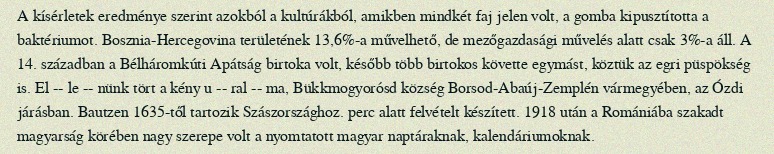
A kísérletek eredménye szerint azokból a kultúrákból, amikben mindkét faj jelen volt, a gomba kipusztította a baktériumot. Bosznia-Hercegovina területének 13,6%-a művelhető, de mezőgazdasági művelés alatt csak 3%-a áll. A 14. században a Bélháromkúti Apátság birtoka volt, később több birtokos követte egymást, köztük az egri püspökség is. El -- le -- nünk tört a kény u -- ral -- ma, Bükkmogyorósd község Borsod-Abaúj-Zemplén vármegyében, az Ózdi járásban. Bautzen 1635-től tartozik Szászországhoz. perc alatt felvételt készített. 1918 után a Romániába szakadt magyarság körében nagy szerepe volt a nyomtatott magyar naptáraknak, kalendáriumoknak.